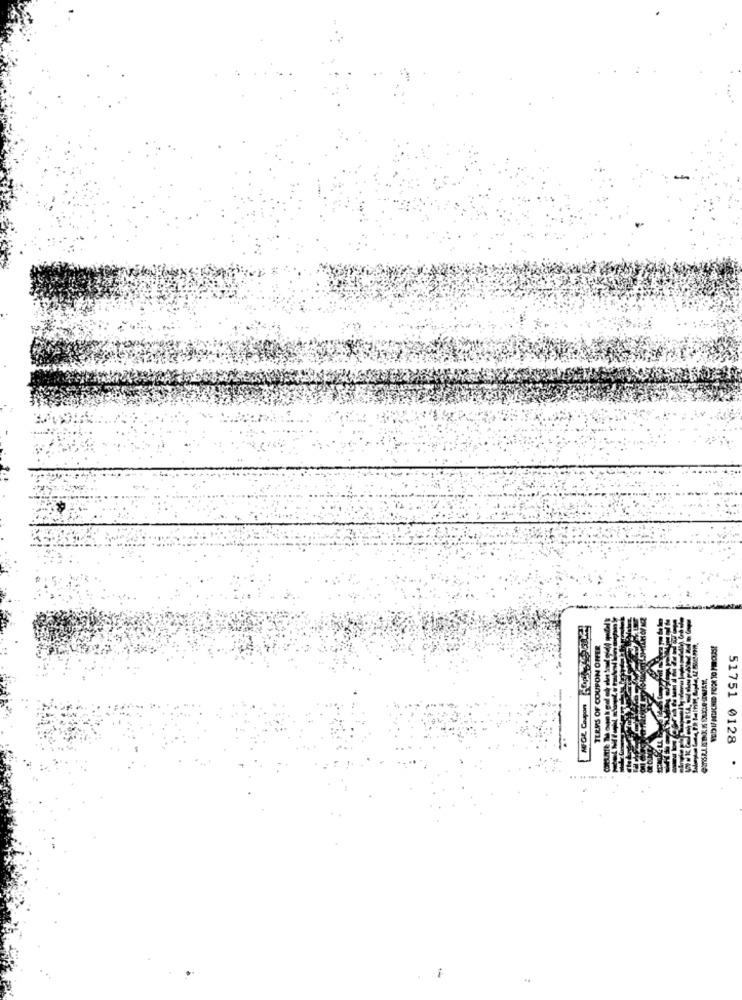
TERMS OF COUPON OFFER
51751 0128